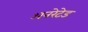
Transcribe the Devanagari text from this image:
अनरेटेड